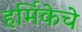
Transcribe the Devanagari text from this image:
हर्मिकेचे